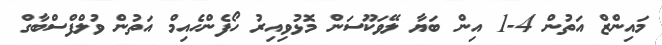
މައިންޒް އަތުން 4-1 އިން ބަޔާ ލޭވަކޫސަން މޮޅުވިއިރު ހޯފެންހެއިމް އަތުން ވުލްފްސްބާގް